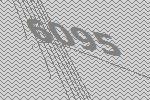
6095